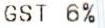
GST 6%